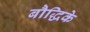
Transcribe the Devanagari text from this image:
बौद्धिके